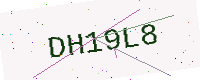
Text: DH19L8